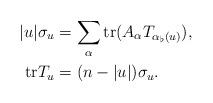
LaTeX: \begin{align*}|u|\sigma_u &=\sum_{\alpha}{\rm tr}(A_{\alpha}T_{\alpha_{\flat}(u)}),\\{\rm tr}T_u &=(n-|u|)\sigma_u.\end{align*}